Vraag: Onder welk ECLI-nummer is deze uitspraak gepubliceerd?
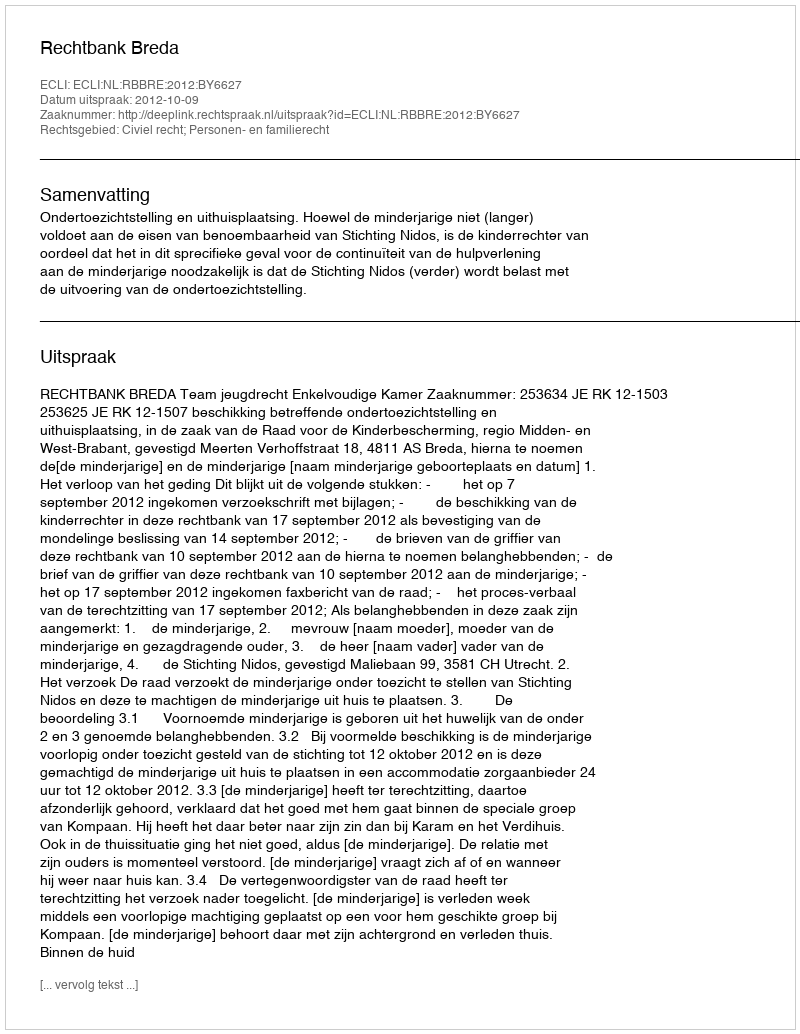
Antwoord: ECLI:NL:RBBRE:2012:BY6627